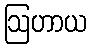
ဩဟာယ